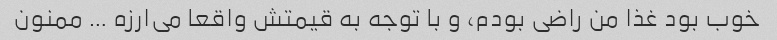
خوب بود غذا من راضی بودم، و با توجه به قیمتش واقعا می‌ارزه … ممنون